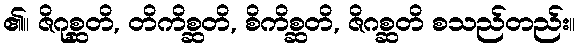
၏။ ဇိဂုစ္ဆတိ, တိကိစ္ဆတိ, စိကိစ္ဆတိ, ဇိဂစ္ဆတိ စသည်တည်း။